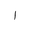
Letter: _alif